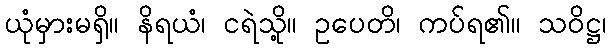
ယုံမှားမရှိ။ နိရယံ၊ ငရဲသို့။ ဥပေတိ၊ ကပ်ရ၏။ သဝိဋ္ဌ၊